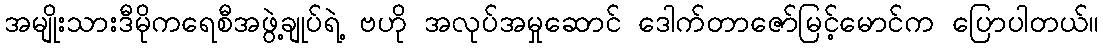
အမျိုးသားဒီမိုကရေစီအဖွဲ့ချုပ်ရဲ့ ဗဟို အလုပ်အမှုဆောင် ဒေါက်တာဇော်မြင့်မောင်က ပြောပါတယ်။